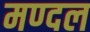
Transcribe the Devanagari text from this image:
मण्दल